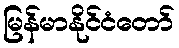
မြန်မာနိုင်ငံတော်